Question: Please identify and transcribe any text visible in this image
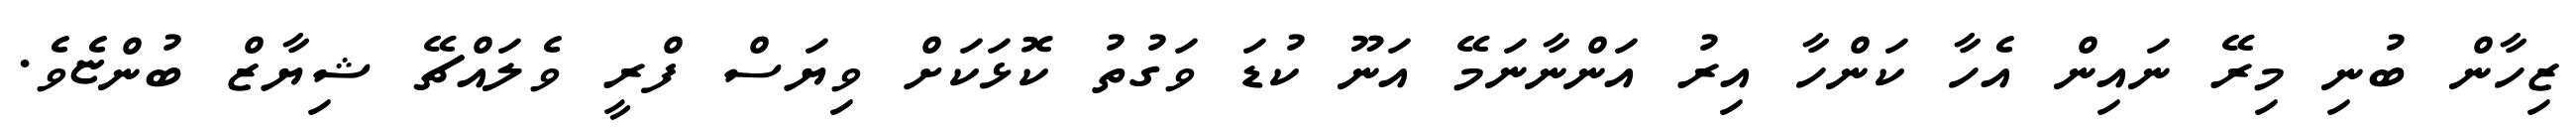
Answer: ޒިހާން ބުނި މިރޭ ނައިން އެހާ ކަންހާ އިރު އަންނާނަމޭ އަނޫ ކުޑަ ވަގުތު ކޮޅަކަށް ވިޔަސް ފްރީ ވެލައްޗޭ ޝިޔާޒް ބުންޏެވެ.